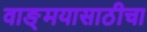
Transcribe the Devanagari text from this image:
वाङ्‌मयासाठीचा